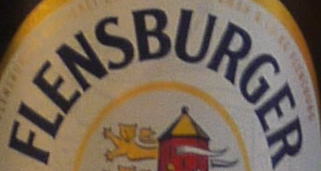
FLENSBURGER